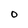
Character: 0